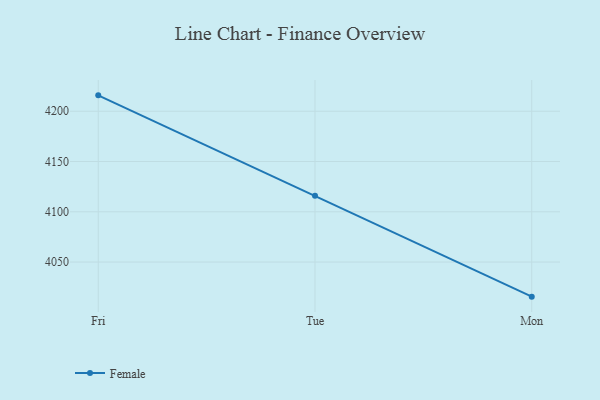
{"axis": {"x": "Day", "y": "Conversion Rate (%)"}, "legend": ["Female"], "data": [{"x": "Fri", "y": 4215.8, "type": "Female"}, {"x": "Tue", "y": 4115.9, "type": "Female"}, {"x": "Mon", "y": 4015.6, "type": "Female"}]}